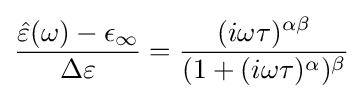
{{\hat {\varepsilon }}(\omega )-\epsilon _{\infty } \over \Delta \varepsilon }={(i\omega \tau )^{\alpha \beta } \over (1+(i\omega \tau )^{\alpha })^{\beta }}